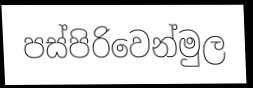
පස්පිරිවෙන්මුල